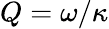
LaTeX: Q=\omega/\kappa